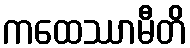
ကထေဿာမီတိ